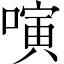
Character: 𠻤